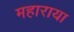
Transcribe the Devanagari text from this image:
महाराया